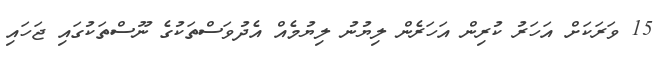
15 ވަރަކަށް އަހަރު ކުރިން އަހަރެން ލިޔުނު ލިޔުމެއް އެދުވަސްތަކުގެ ނޫސްތަކުގައި ޖަހައި